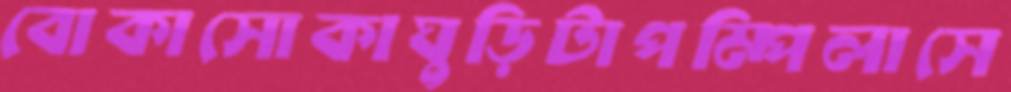
বোকাসোকাঘুড়িটাপম্পিলাসে